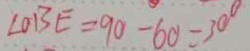
\angle O B E = 9 0 - 6 0 = 3 0 ^ { \circ }